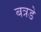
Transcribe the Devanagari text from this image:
बत्रडे